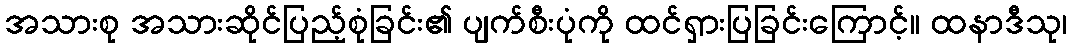
အသားစု အသားဆိုင်ပြည့်စုံခြင်း၏ ပျက်စီးပုံကို ထင်ရှားပြခြင်းကြောင့်။ ထနာဒီသု၊